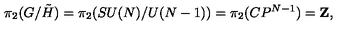
\pi _ { 2 } ( G / \tilde { H } ) = \pi _ { 2 } ( S U ( N ) / U ( N - 1 ) ) = \pi _ { 2 } ( C P ^ { N - 1 } ) = { \bf Z } ,